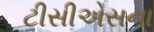
ટીસીએસના